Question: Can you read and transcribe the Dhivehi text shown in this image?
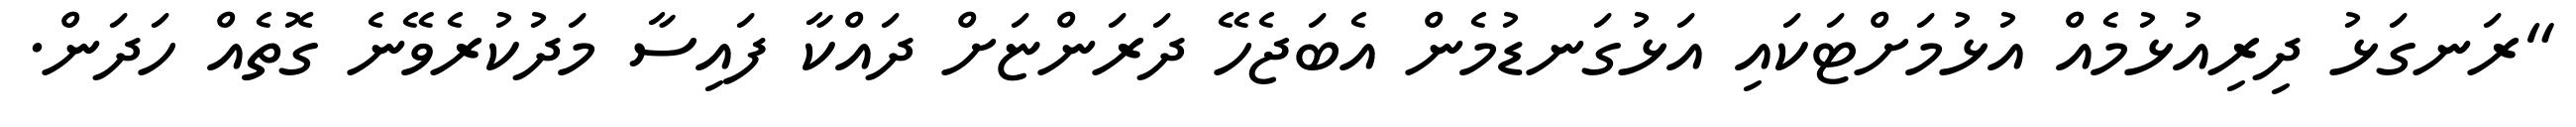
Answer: "ރަނގަޅު ދިރިއުޅުމެއް އުޅުމަށްޓަކައި އަޅުގަނޑުމެން އެބަޖެހޭ ދަރަންޏަށް ދައްކާ ފައިސާ މަދުކުރެވޭނެ ގޮތެއް ހަދަން.